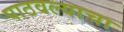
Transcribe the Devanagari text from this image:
पाठवल्याचा